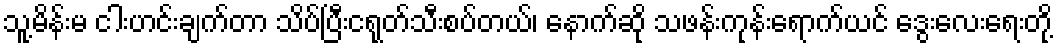
သူ့မိန်းမ ငါးဟင်းချက်တာ သိပ်ပြီးငရုတ်သီးစပ်တယ်၊ နောက်ဆို သဖန်းကုန်းရောက်ယင် ဒွေးလေးရေးတို့